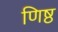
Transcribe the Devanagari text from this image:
णिष्ठ